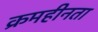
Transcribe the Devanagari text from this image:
क्रमहीनता